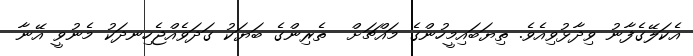
އެކަލޭގެފާނު ވިދާޅުވިއެވެ. ތިޔަބައިމީހުންގެ މައްޗަށް  ތެރިންގެ ބަޔަކު ގަދަވެއްޖެހިނދަކު މެނުވީ އޭނާ